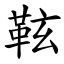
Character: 䩙